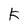
Character: K